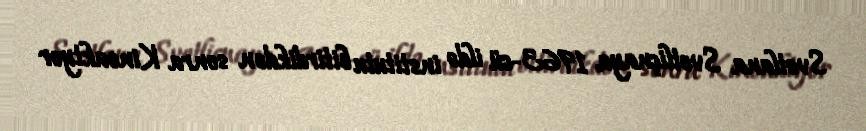
Svetlana Svetliçnaya 1963-cü ildə institutu bitirdikdən sonra Kinoaktyor